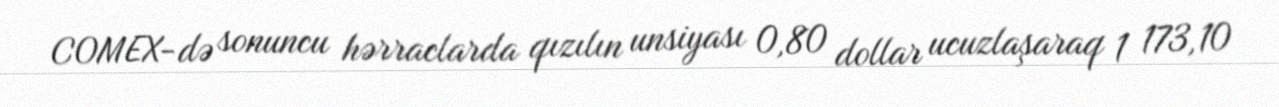
COMEX-də sonuncu hərraclarda qızılın unsiyası 0,80 dollar ucuzlaşaraq 1 173,10